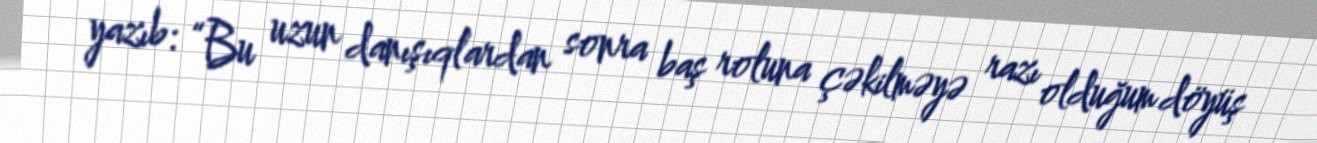
yazıb: “Bu uzun danışıqlardan sonra baş roluna çəkilməyə razı olduğum döyüş